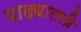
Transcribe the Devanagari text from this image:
पाढ्यातली